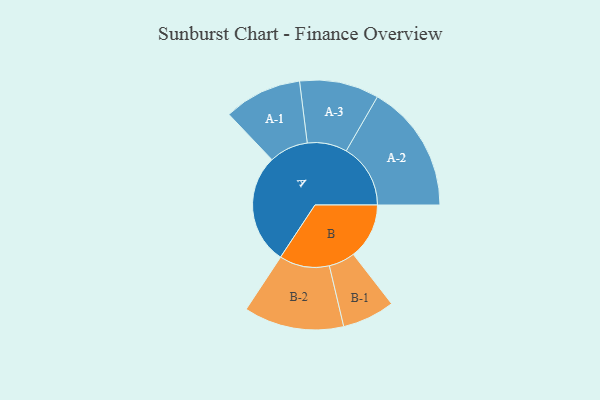
{"axis": {"x": "Segment", "y": "Value"}, "legend": ["", "A", "B"], "data": [{"x": "A", "y": 458, "type": ""}, {"x": "B", "y": 232, "type": ""}, {"x": "A-1", "y": 162, "type": "A"}, {"x": "A-2", "y": 267, "type": "A"}, {"x": "A-3", "y": 165, "type": "A"}, {"x": "B-1", "y": 109, "type": "B"}, {"x": "B-2", "y": 208, "type": "B"}]}